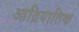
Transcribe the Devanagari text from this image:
आद्रियातिक